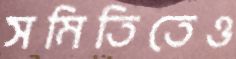
সমিতিতেও